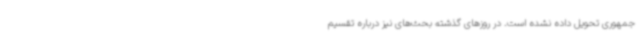
جمهوری تحویل داده نشده است. در روزهای گذشته بحث‌های نیز درباره تقسیم